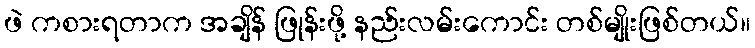
ဖဲ ကစားရတာက အချိန် ဖြုန်းဖို့ နည်းလမ်းကောင်း တစ်မျိုးဖြစ်တယ်။